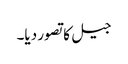
جیل کا تصور دیا۔